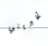
تخبريني